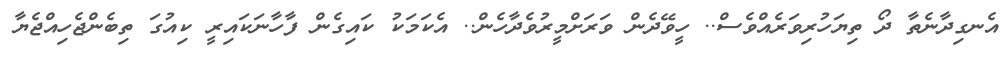
އެނގިދާނެތާ ދޯ ތިޔަހުރިވަރެއްވެސް.. ހީވޭދެން ވަރަށްމީރުވެދާހެން.. އެކަމަކު ކައިގެން ފާހާނަކައިރީ ކިއުގަ ތިބެންޖެހިއްޖެޔާ